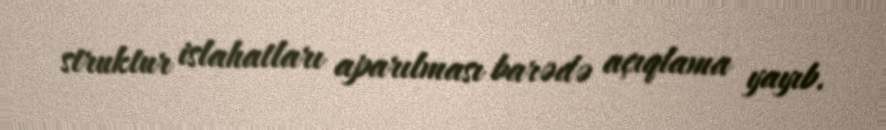
struktur islahatları aparılması barədə açıqlama yayıb.